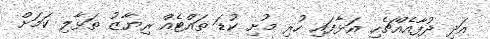
އަދި ދުފާއެއްޗެހި އަޅާފައި ހުރި މުށި ކުޑަ ތައްޓެއް ރިޔާޒު ތަޅާލި ކަމަށް